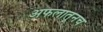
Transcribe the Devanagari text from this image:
अफलातूनच